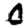
Digit: 0